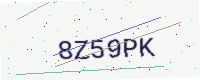
Text: 8Z59PK